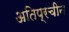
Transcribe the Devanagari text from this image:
अतिप्रचीन